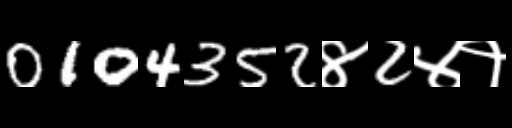
Text: 0104352४2४१